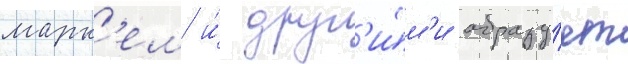
марк'ем и́ друг'и́м'и образу́ет